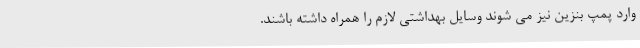
وارد پمپ بنزین نیز می شوند وسایل بهداشتی لازم را همراه داشته باشند.